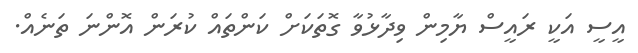
އީސީ އަކީ ރައީސް ޔާމިން ވިދާޅުވާ ގޮތަކަށް ކަންތައް ކުރަން އޮންނަ ތަނެއް.